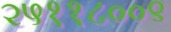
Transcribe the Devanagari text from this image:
२५११८००९